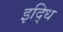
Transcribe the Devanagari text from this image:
इद्धि